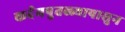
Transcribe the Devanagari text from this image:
कर्दमपुतळ्यापासुन